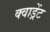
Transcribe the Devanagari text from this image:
क्वाड्रेंट